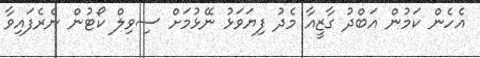
އެހެން ކަމުން އަބްދު ގާޒީއާ މެދު ފިޔަވަޅު ނޭޅުމަށް ސިވިލް ކޯޓުން ނެރެފައިވާ